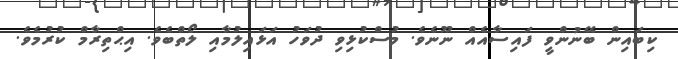
ކިބައިން ބޭނުންވީ ފައިސާއެއް ނޫނެވެ. މުސްކުޅިވި ދުވަހު އަޅައިލުމާއި ލޯތްބެވެ. އިޙްތިރާމް ކުރުމެވެ.